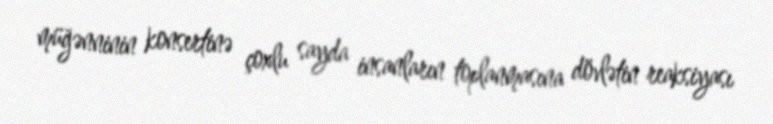
müğənninin konsertinə çoxlu sayda insanların toplanmasına dövlətin reaksiyası